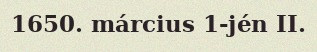
1650. március 1-jén II.